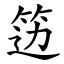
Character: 笾